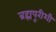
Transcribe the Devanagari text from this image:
ब्रह्मपूरीशी